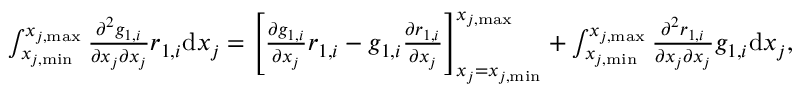
\begin{array} { r } { \int _ { x _ { j , \mathrm { m i n } } } ^ { x _ { j , \mathrm { m a x } } } { \frac { \partial ^ { 2 } g _ { 1 , i } } { \partial x _ { j } \partial x _ { j } } r _ { 1 , i } } \mathrm { d } x _ { j } = \left[ \frac { \partial g _ { 1 , i } } { \partial x _ { j } } r _ { 1 , i } - g _ { 1 , i } \frac { \partial r _ { 1 , i } } { \partial x _ { j } } \right] _ { x _ { j } = x _ { j , \mathrm { m i n } } } ^ { x _ { j , \mathrm { m a x } } } + \int _ { x _ { j , \mathrm { m i n } } } ^ { x _ { j , \mathrm { m a x } } } { \frac { \partial ^ { 2 } r _ { 1 , i } } { \partial x _ { j } \partial x _ { j } } g _ { 1 , i } } \mathrm { d } x _ { j } , } \end{array}